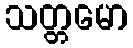
သတ္တမော